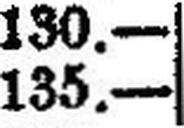
135.—